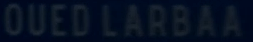
OUEDLARBAA